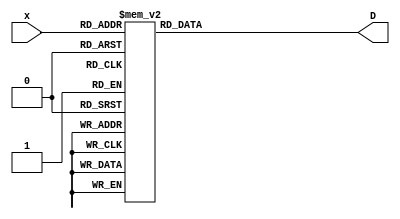
module SevenSegmentTruthTable(
    input [3:0]         x,
    output reg [6:0]    D
    );
    
    //wire [3:0] N = {x3,x2,x1,x0};
    //reg [6:0] D;
    
  /*  assign a = D[6];
    assign b = D[5];
    assign c = D[4];
    assign d = D[3];
    assign e = D[2];
    assign f = D[1];
    assign g = D[0];    */
    
    always @(*) begin
        case (x)
                4'b0000: D = 7'b1111110;
                4'b0001: D = 7'b0110000;
                4'b0010: D = 7'b1101101;
                4'b0011: D = 7'b1111001;
                4'b0100: D = 7'b0110011;
                4'b0101: D = 7'b1011011;
                4'b0110: D = 7'b1011111;
                4'b0111: D = 7'b1110000;
                4'b1000: D = 7'b1111111;
                4'b1001: D = 7'b1111011;
                /*4'b1010: D = 7'b1110111;
                4'b1011: D = 7'b0011111;
                4'b1100: D = 7'b1001111;
                4'b1101: D = 7'b0111101;
                4'b1110: D = 7'b1001111;
                4'b1111: D = 7'b1000111;*/
                
                default: D = 7'b0000000;
        endcase
   end
endmodule